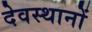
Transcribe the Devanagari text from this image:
देवस्‍थानों